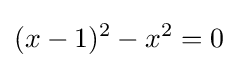
(x-1)^{2}-x^{2}=0